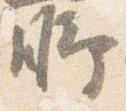
脚